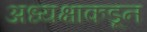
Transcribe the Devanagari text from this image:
अध्यक्षाकडून